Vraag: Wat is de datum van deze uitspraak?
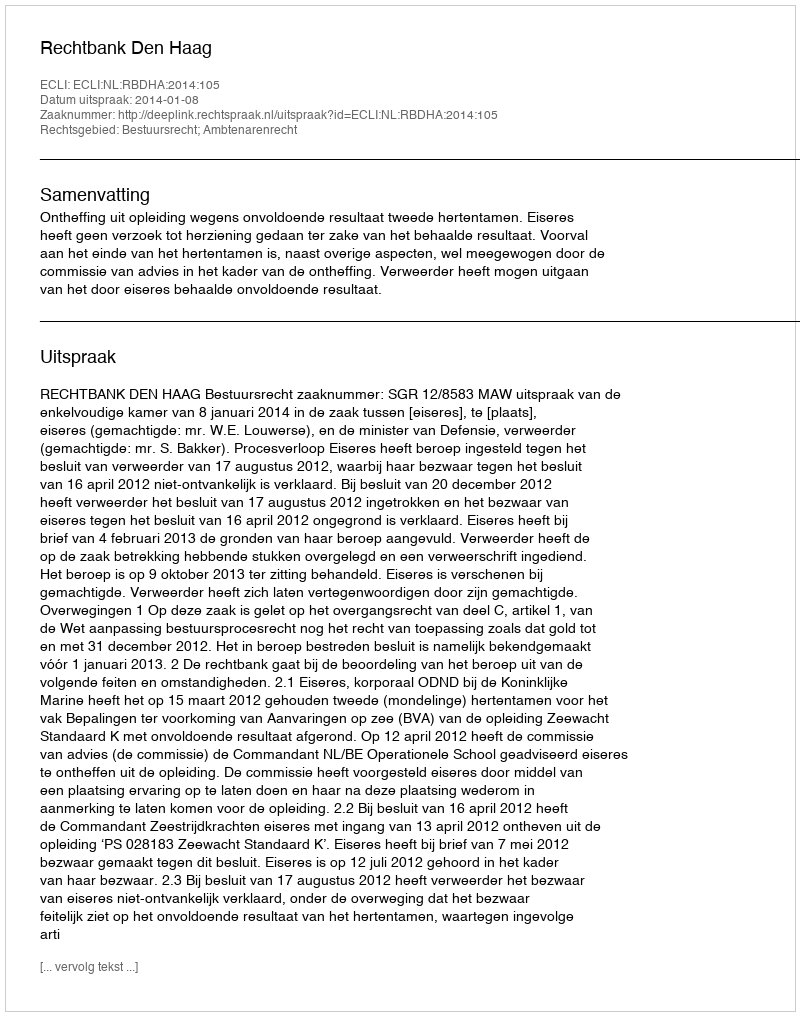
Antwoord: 2014-01-08